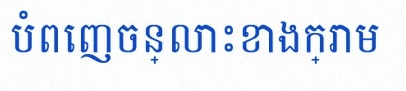
បំពេញចន្លោះខាងក្រោម